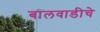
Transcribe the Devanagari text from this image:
बालवाडीचे